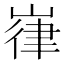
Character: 嵂